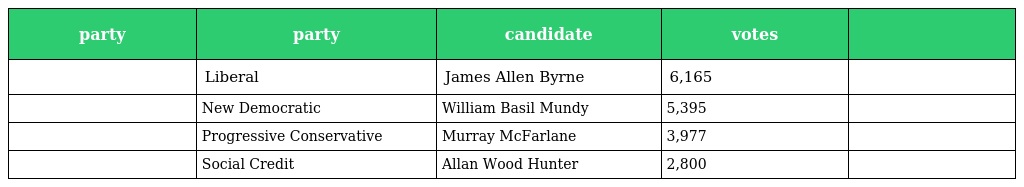
| party | party | candidate | votes |  |
 | --- | --- | --- | --- | --- |
 |  | Liberal | James Allen Byrne | 6,165 |  |
 |  | New Democratic | William Basil Mundy | 5,395 |  |
 |  | Progressive Conservative | Murray McFarlane | 3,977 |  |
 |  | Social Credit | Allan Wood Hunter | 2,800 |  |